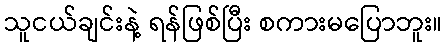
သူငယ်ချင်းနဲ့ ရန်ဖြစ်ပြီး စကားမပြောဘူး။